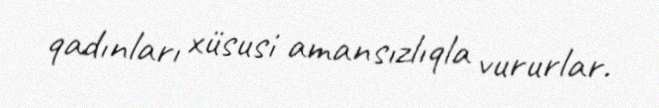
qadınları xüsusi amansızlıqla vururlar.